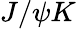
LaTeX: J/\psi K